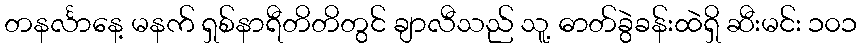
တနင်္လာနေ့ မနက် ရှစ်နာရီတိတိတွင် ချာလီသည် သူ့ ဓာတ်ခွဲခန်းထဲရှိ ဆီးမင်း ၁၀၁